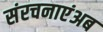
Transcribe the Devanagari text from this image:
संरचनाएंअब